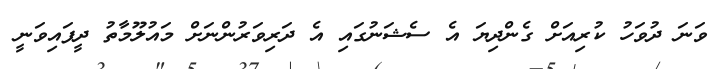
ވަނަ ދުވަހު ކުރިއަށް ގެންދިޔަ އެ ސެޝަނުގައި އެ ދަރިވަރުންނަށް މައުލޫމާތު ދީފައިވަނީ